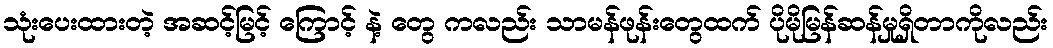
သုံးပေးထားတဲ့ အဆင့်မြင့် ကြောင့် နဲ့ တွေ ကလည်း သာမန်ဖုန်းတွေထက် ပိုမိုမြန်ဆန်မှုရှိတာကိုလည်း